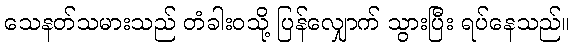
သေနတ်သမားသည် တံခါးဝသို့ ပြန်လျှောက် သွားပြီး ရပ်နေသည်။